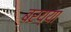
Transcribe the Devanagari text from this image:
बरय्या